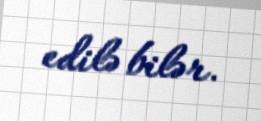
edilə bilər.